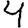
Digit: 4